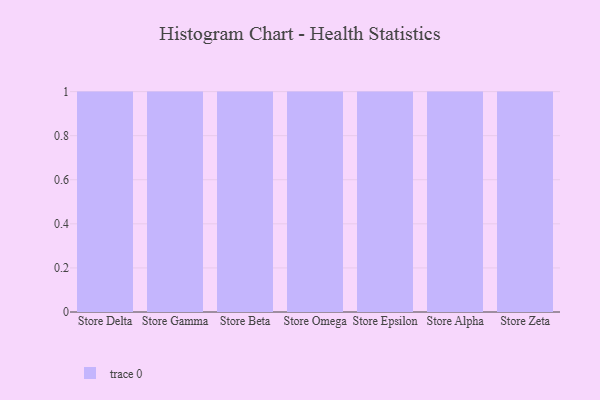
{"axis": {"x": "Store", "y": "Budget (USD K)"}, "legend": [""], "data": [{"x": "Store Delta", "y": 17, "type": ""}, {"x": "Store Gamma", "y": 58, "type": ""}, {"x": "Store Beta", "y": 1, "type": ""}, {"x": "Store Omega", "y": 32, "type": ""}, {"x": "Store Epsilon", "y": 83, "type": ""}, {"x": "Store Alpha", "y": 85, "type": ""}, {"x": "Store Zeta", "y": 22, "type": ""}]}